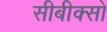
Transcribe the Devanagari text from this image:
सीबीक्सों